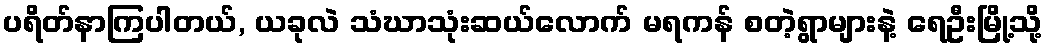
ပရိတ်နာကြပါတယ်, ယခုလဲ သံဃာသုံးဆယ်လောက် မရကန် စတဲ့ရွာများနဲ့ ရေဦးမြို့သို့